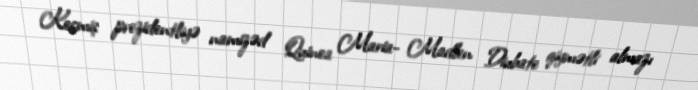
Keçmiş prezidentliyə namizəd Quinea Maria- Madlen Diubate qiymətli almazı